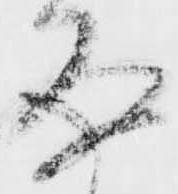
存